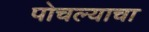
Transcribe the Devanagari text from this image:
पोचल्याचा